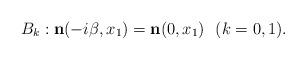
LaTeX: \begin{align*}B_{k}: {\bf n}(-i\beta,x_{1}) = {\bf n}(0,x_{1}) ~~(k=0,1).\end{align*}